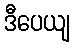
ဒီပေယျ